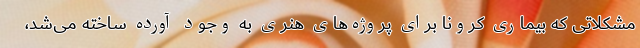
مشکلاتی که بیماری کرونا برای پروژه‌های هنری به وجود آورده ساخته می‌شد،